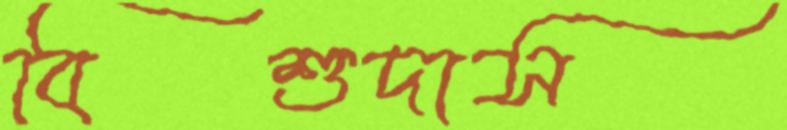
বিশুদাস